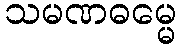
သမဏဓမ္မေ